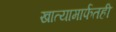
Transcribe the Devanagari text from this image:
खात्यामार्फतही